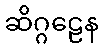
ဆိဂ္ဂဠေန